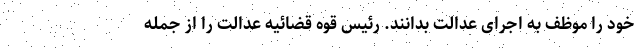
خود را موظف به اجرای عدالت بدانند. رئیس قوه قضائیه عدالت را از جمله